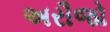
અરૌજો